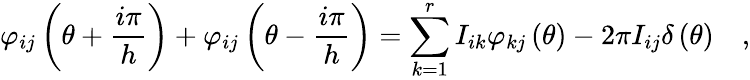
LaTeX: \varphi_{ij}\left(\theta+\frac{i\pi}{h}\right)+\varphi_{ij}\left(\theta-\frac{i\pi}{h}\right)=\sum_{k=1}^{r}I_{ik}\varphi_{kj}\left(\theta\right)-2\pi I_{ij}\delta\left(\theta\right)\quad,